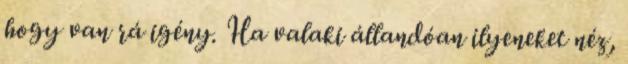
hogy van rá igény. Ha valaki állandóan ilyeneket néz,